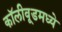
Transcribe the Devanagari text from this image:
कॉलीवूडमध्ये